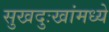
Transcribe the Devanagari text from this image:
सुखदुःखांमध्ये